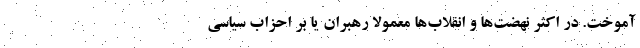
آموخت. در اکثر نهضت‌ها و انقلاب‌ها معمولاً رهبران یا بر احزاب سیاسی